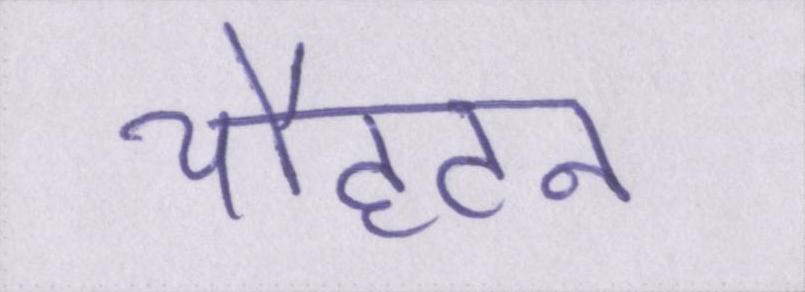
चौहटन